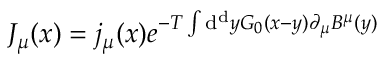
J _ { \mu } ( x ) = j _ { \mu } ( x ) e ^ { - T \int \mathrm { d } ^ { \mathrm { d } } y G _ { 0 } ( x - y ) \partial _ { \mu } B ^ { \mu } ( y ) }